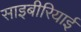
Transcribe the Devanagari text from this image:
साइबीरियाई